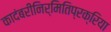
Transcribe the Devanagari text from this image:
कादंबरीनिर्मितिप्रक्रिया